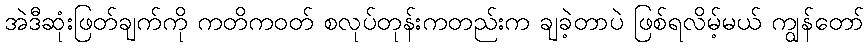
အဲဒီဆုံးဖြတ်ချက်ကို ကတိကဝတ် စလုပ်တုန်းကတည်းက ချခဲ့တာပဲ ဖြစ်ရလိမ့်မယ် ကျွန်တော်